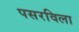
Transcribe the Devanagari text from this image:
पसरविला